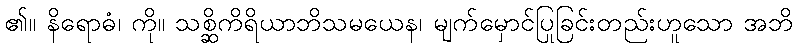
၏။ နိရောဓံ၊ ကို။ သစ္ဆိကိရိယာဘိသမယေန၊ မျက်မှောင်ပြုခြင်းတည်းဟူသော အဘိ